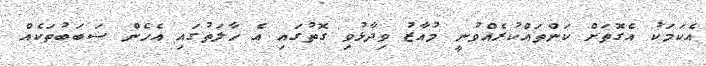
އެކަމަކު އެގޮތަށް ކަންތައްކުރެއްވުނީ މުއާޒު ވިދާޅުވި ގޮތުގައި އެ ހާލަތުގައި އެހެން ސަބަބުތަކެއް